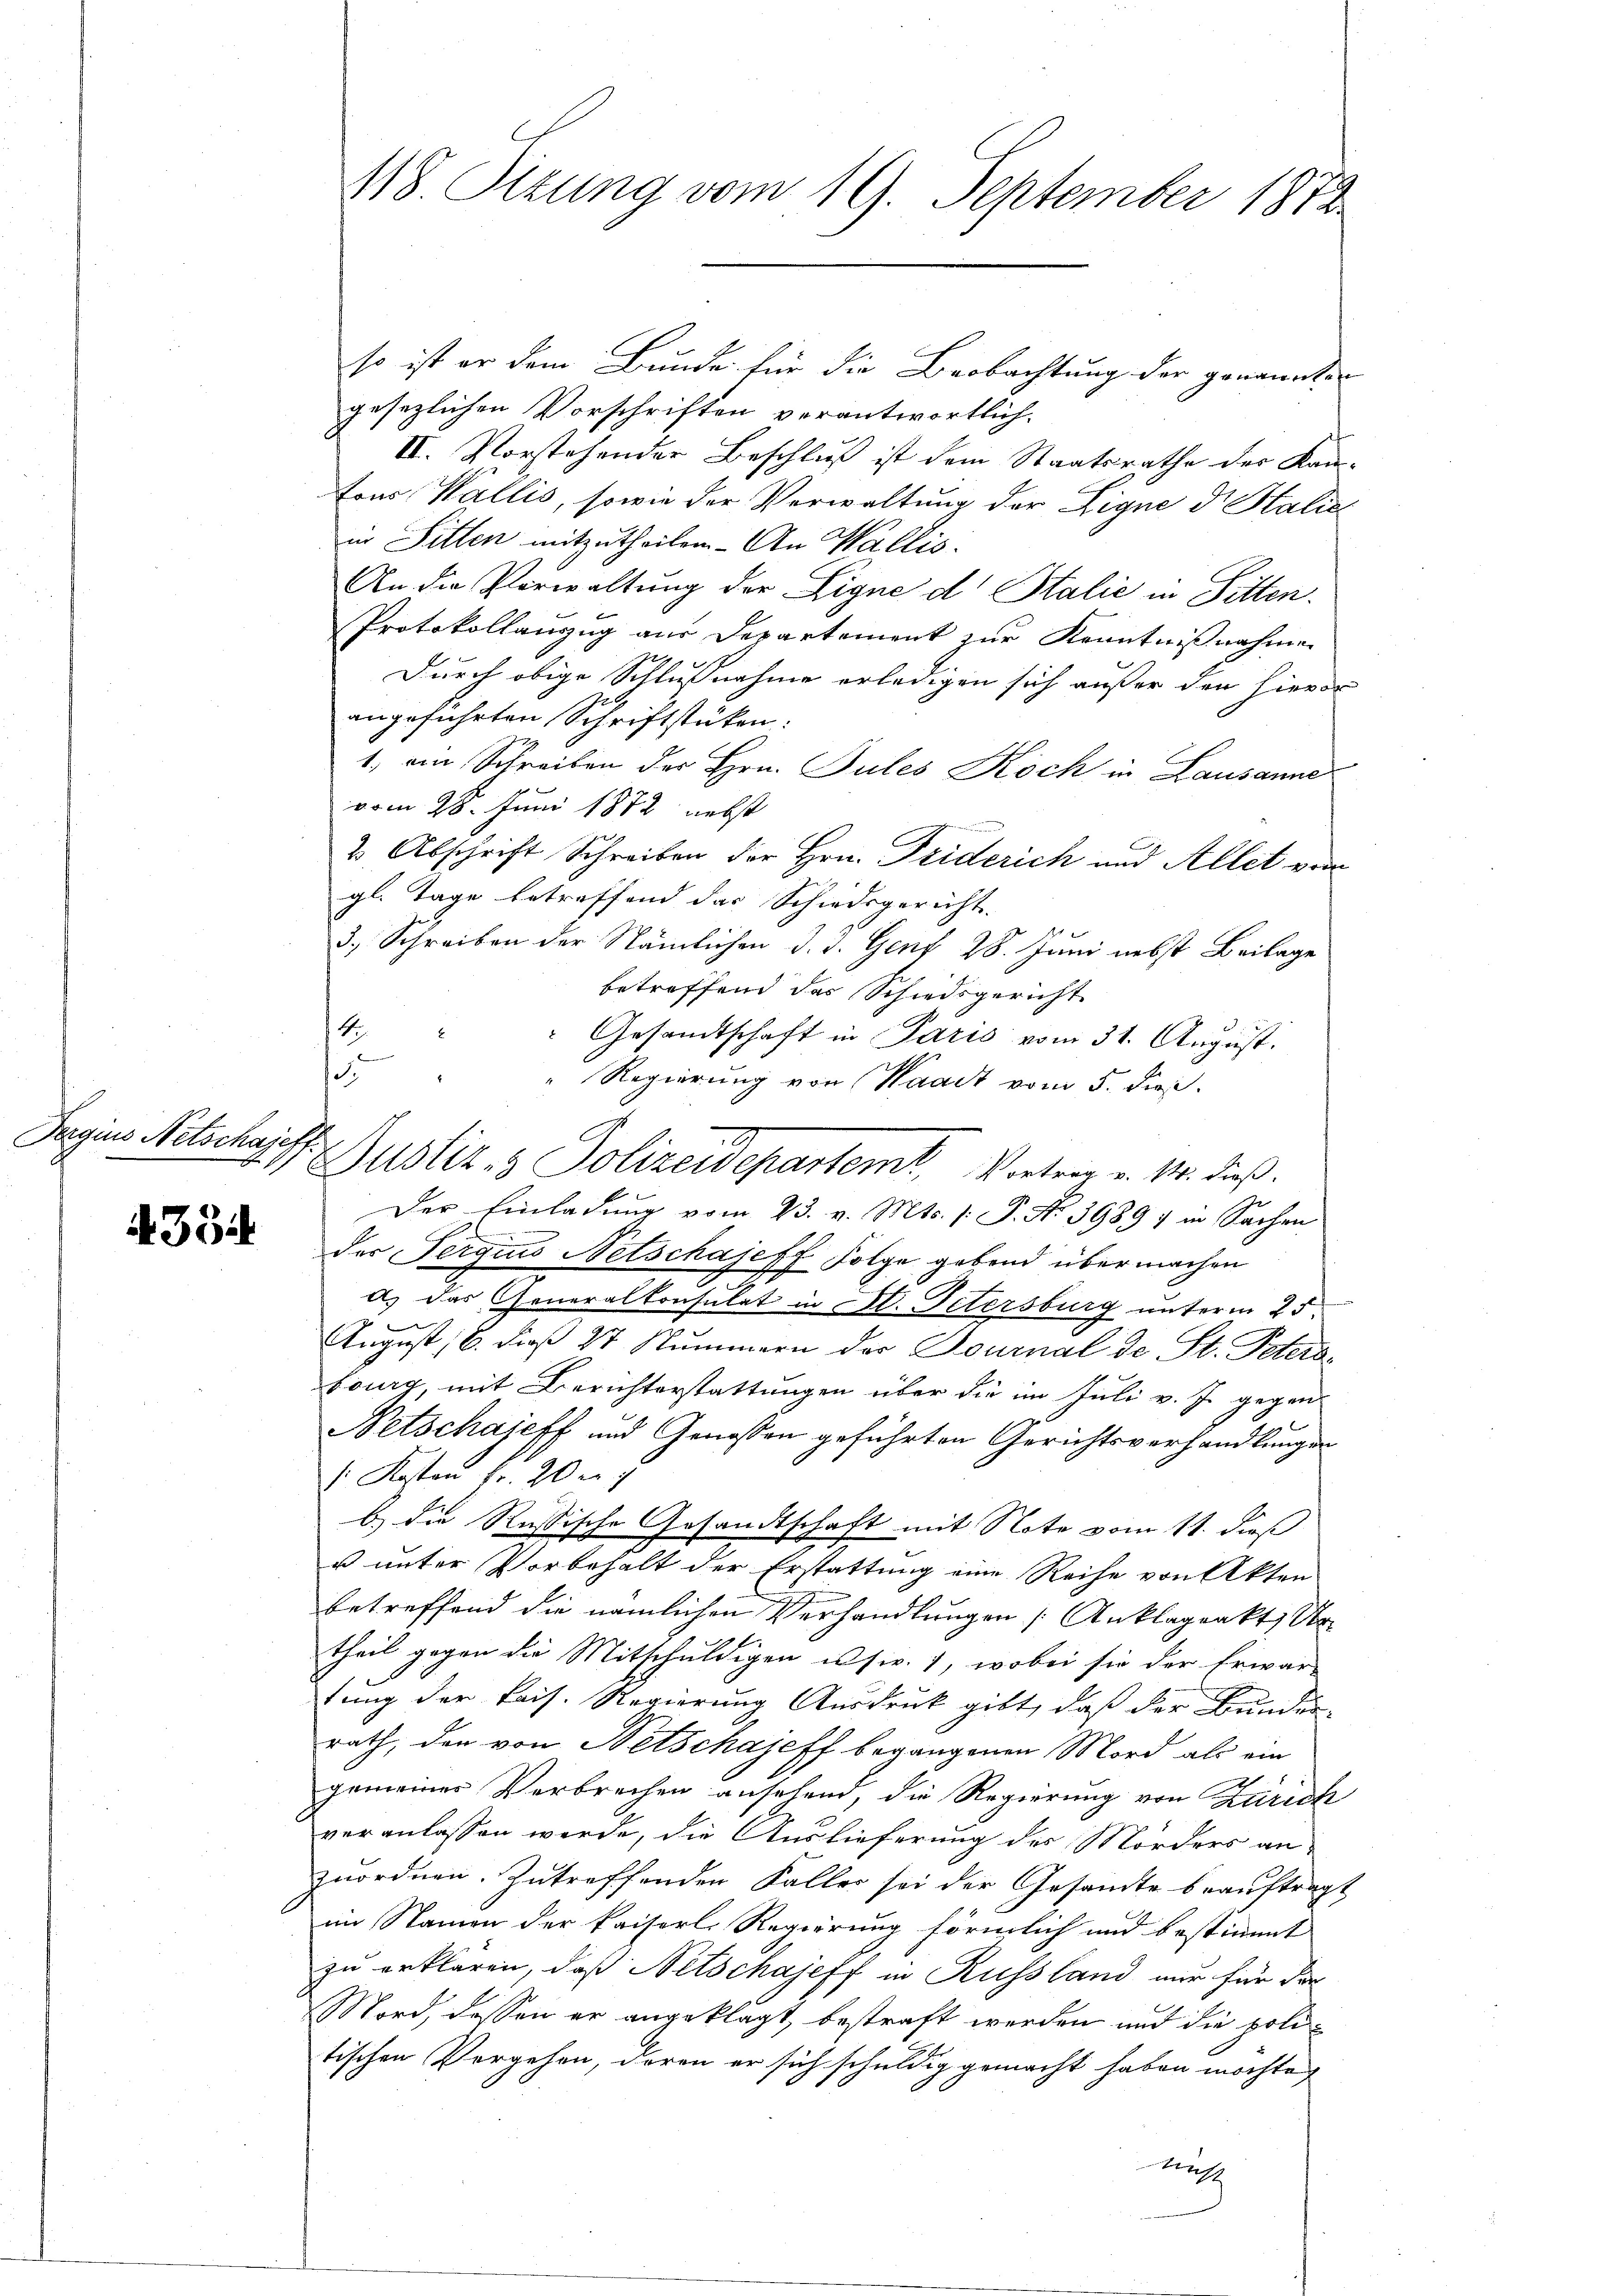
Tergins Netschajeff.

4354

118. Sizung vom 19. September 1872

so ist er dem Bunde für die Beobachtung der genannten
gesezlichen Vorschriften verantwortlich¬
II. Vorstehender Beschluß ist dem Staatsrathe der Kantons Wallis, sowie der Verwaltung der Eigne d. Stalie
in Sitten mitzutheilen. An Wallis.
An die Vorwaltung der Eigne d. Stalić in Sitten.
Protokollanzug aus Departement zur Kenntnißnahmen
Durch obige Schlußnahme erledigen sich außer den hierde
angeführten Schriftstücken:
1, am Schreiben der Hrn. Sules Koch in Lausanne
vom 28. Juni 1872 nebst
2 Abschrift Schreiben der Hrn. Friderich und Allet vom
gl. Tage betreffend das Schiedsgericht.
3.) Schreiben der Nämlichen d. d. Genf 28. Juni nebst Beilage
betreffend das Schiedsgericht
2
Gesandtschaft in Paris vom 31. August.
,
Regierung von Waadt vom 5. dieß.
Justiz- & Polizeidepartem Vortrag v. M. dieß.
Der Einladung vom 23. v. Mts. (: P. N. 39897 in Sachen
der Serains Netschaiest Folge gebend übermachen
F
a) das Generalkonsulat in Al. Petersburg unterm 25.
August, 6. dieß 27 Nummern der Fournal de St. Petera
bourg, mit Berichterstattungen über die im Juli v. J. gegen
Netschajeff und Genossen geführten Gerichtsverhandlungen
/ Kosten Fr. 20 er
b) die Russische Gesandtschaft mit Note vom 11. dieß
u unter Vorbehalt der Erstattung eine Reihe von Akten
betreffend die nämlichen Verhandlungen Anklagenkt, Ur
theil gegen die Mitschuldigen usw. 1, wobei sie der Erwar-
tung der kais. Regierung Ausdruck gibt, daß der Bunden-
rath, den von Betschajeff begangenen Mord als ein
gemeines Verbrechen ansehend, die Regierung von Zürich
veranlassen werde, die Auslieferung des Mörders an
zuordnen. Zutreffenden Faller sei der Gesandte beauftragt
im Namen der kaiserl. Regierung förmlich und bestimmt
zu erklären, daß Netschajeff in Russland nur für da
Mord, dessen er angeklagt, bestraft werden und die politischen Vorgehen, deren er sich schuldig gemacht haben möchte,
traf